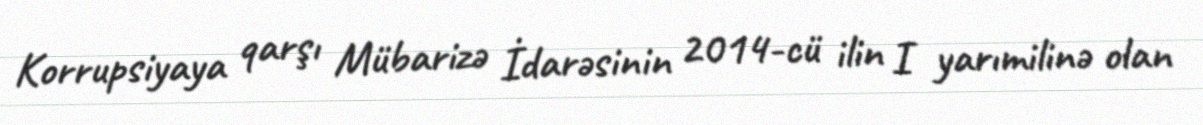
Korrupsiyaya qarşı Mübarizə İdarəsinin 2014-cü ilin I yarımilinə olan